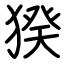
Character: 猤